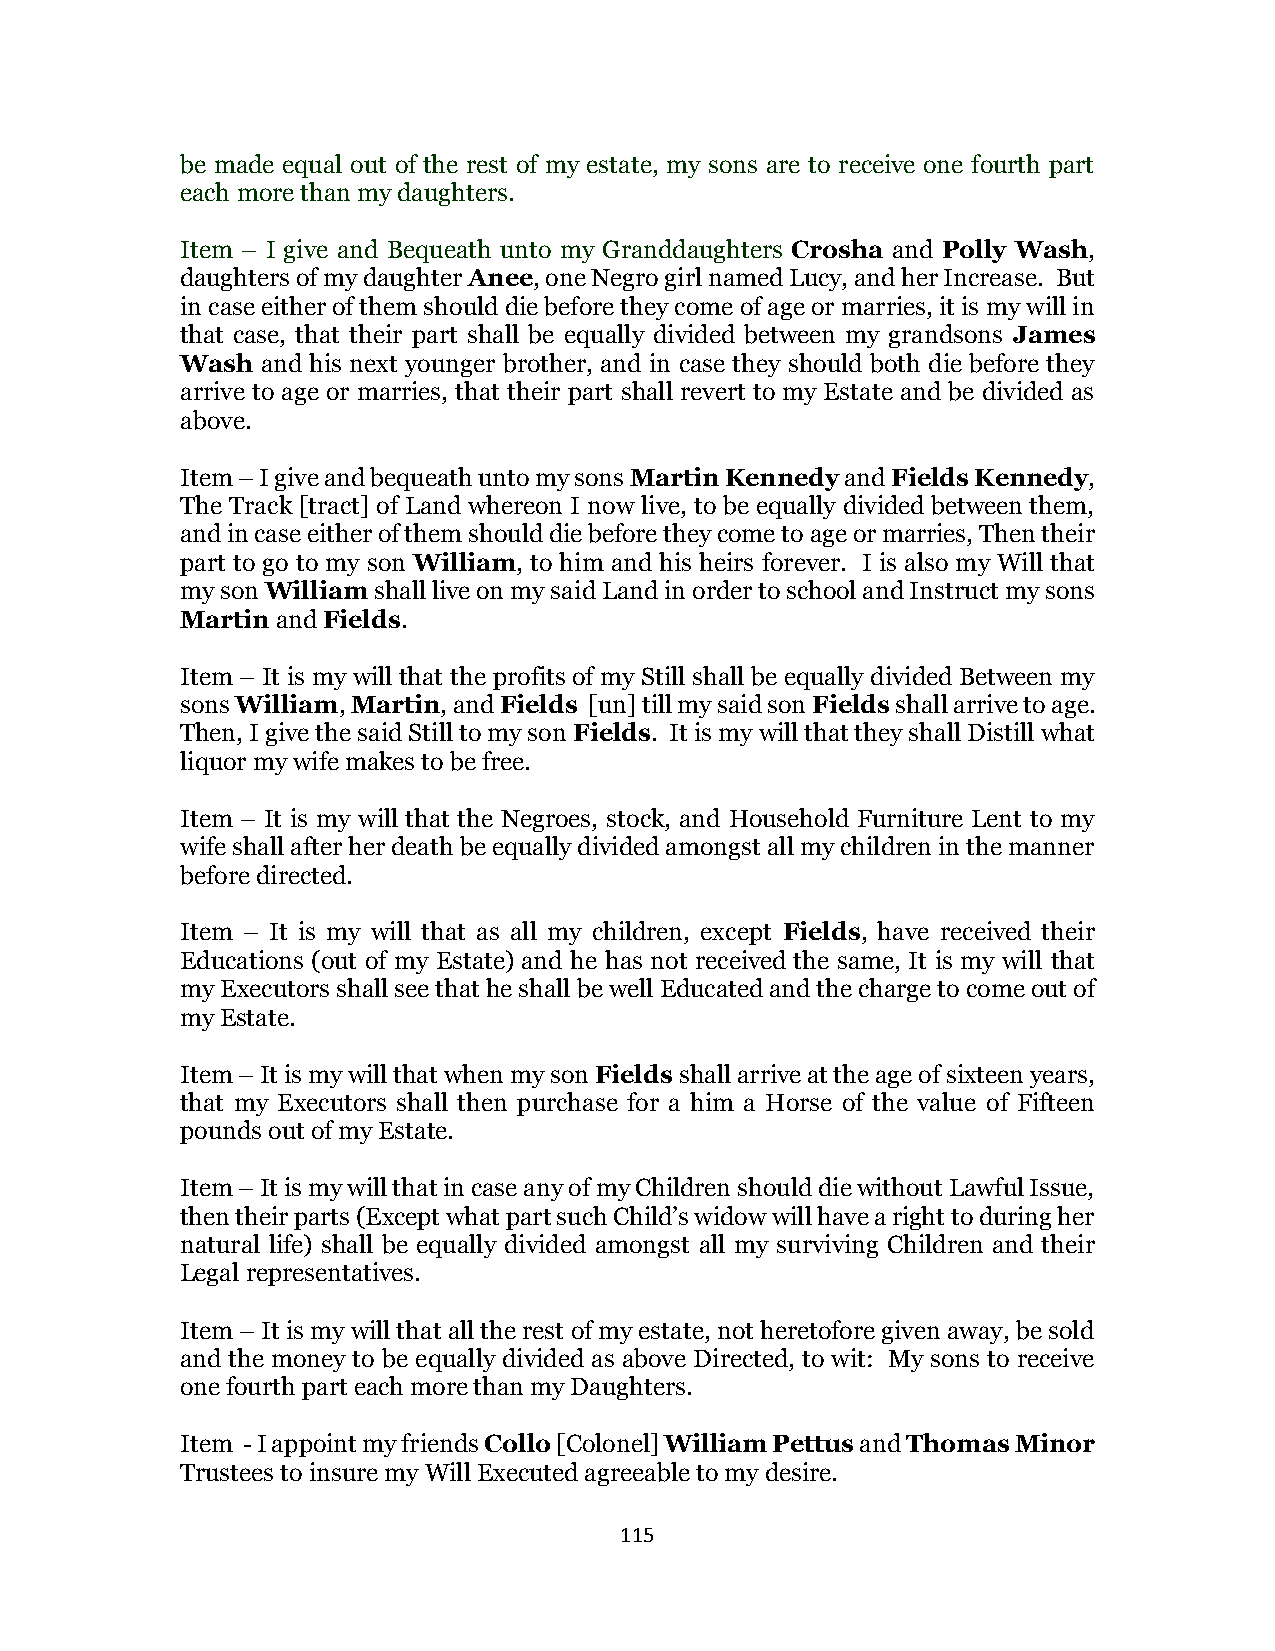
be made equal out of the rest of my estate, my sons are to receive one fourth part
 each more than my daughters.
 Item – I give and Bequeath unto my Granddaughters Crosha and Polly Wash,
 daughters of my daughter Anee, one Negro girl named Lucy, and her Increase. But
 in case either of them should die before they come of age or marries, it is my will in
 that case, that their part shall be equally divided between my grandsons James
 Wash and his next younger brother, and in case they should both die before they
 arrive to age or marries, that their part shall revert to my Estate and be divided as
 above.
 Item – I give and bequeath unto my sons Martin Kennedy and Fields Kennedy,
 The Track [tract] of Land whereon I now live, to be equally divided between them,
 and in case either of them should die before they come to age or marries, Then their
 part to go to my son William, to him and his heirs forever. I is also my Will that
 my son William shall live on my said Land in order to school and Instruct my sons
 Martin and Fields.
 Item – It is my will that the profits of my Still shall be equally divided Between my
 sons William, Martin, and Fields [un] till my said son Fields shall arrive to age.
 Then, I give the said Still to my son Fields. It is my will that they shall Distill what
 liquor my wife makes to be free.
 Item – It is my will that the Negroes, stock, and Household Furniture Lent to my
 wife shall after her death be equally divided amongst all my children in the manner
 before directed.
 Item – It is my will that as all my children, except Fields, have received their
 Educations (out of my Estate) and he has not received the same, It is my will that
 my Executors shall see that he shall be well Educated and the charge to come out of
 my Estate.
 Item – It is my will that when my son Fields shall arrive at the age of sixteen years,
 that my Executors shall then purchase for a him a Horse of the value of Fifteen
 pounds out of my Estate.
 Item – It is my will that in case any of my Children should die without Lawful Issue,
 then their parts (Except what part such Child’s widow will have a right to during her
 natural life) shall be equally divided amongst all my surviving Children and their
 Legal representatives.
 Item – It is my will that all the rest of my estate, not heretofore given away, be sold
 and the money to be equally divided as above Directed, to wit: My sons to receive
 one fourth part each more than my Daughters.
 Item - I appoint my friends Collo [Colonel] William Pettus and Thomas Minor
 Trustees to insure my Will Executed agreeable to my desire.
 115